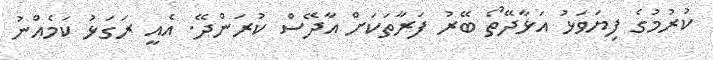
ކުރުމުގެ ފިޔަވަޅު އަޅާދޭތޯ ބޭރު ފަރާތަކަށް އާދޭސް ކުރަންދޭ. އެއީ ރަގަޅު ކަމެއްނު